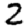
Digit: 2